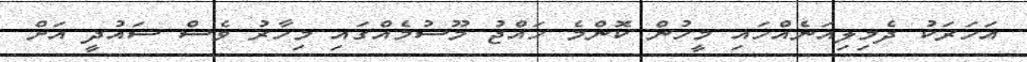
އަހަރަކު ދެމިލިއަނެއްހައި މީހުން ކޮންމެ ހައްޖު މޫސުމެއްގައި މިހާރު ވެސް ސައުދީ އަށް